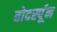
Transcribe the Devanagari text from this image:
वोदर्स्पून